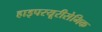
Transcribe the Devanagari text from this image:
हाइपरयूरीसेमिक